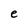
Character: e